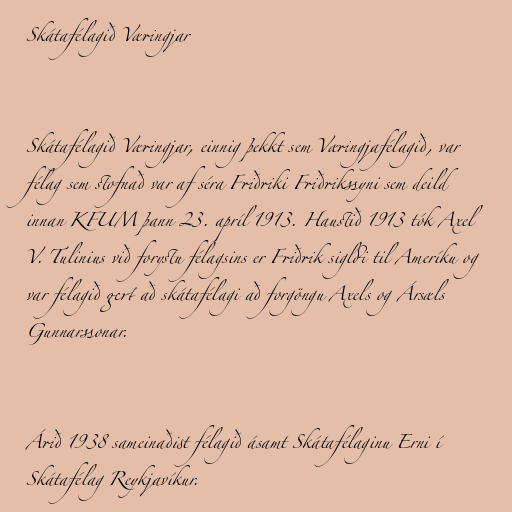
Skátafélagið Væringjar

Skátafélagið Væringjar, einnig þekkt sem Væringjafélagið, var
félag sem stofnað var af séra Friðriki Friðrikssyni sem deild
innan KFUM þann 23. apríl 1913. Haustið 1913 tók Axel
V. Tulinius við forystu félagsins er Friðrik sigldi til Ameríku og
var félagið gert að skátafélagi að forgöngu Axels og Ársæls
Gunnarssonar.

Árið 1938 sameinaðist félagið ásamt Skátafélaginu Erni í
Skátafélag Reykjavíkur.